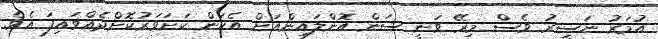
އުމަރު ނަސީރު ވެސް މިރޭ ވަނީ ސަން އޮންލައިންއަށް އެކަން ކަށަވަރުކޮށްދެއްވައިފަ އެވެ.